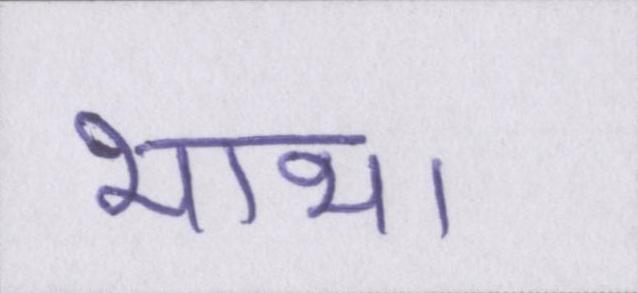
भाभा